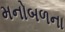
મનોબળના